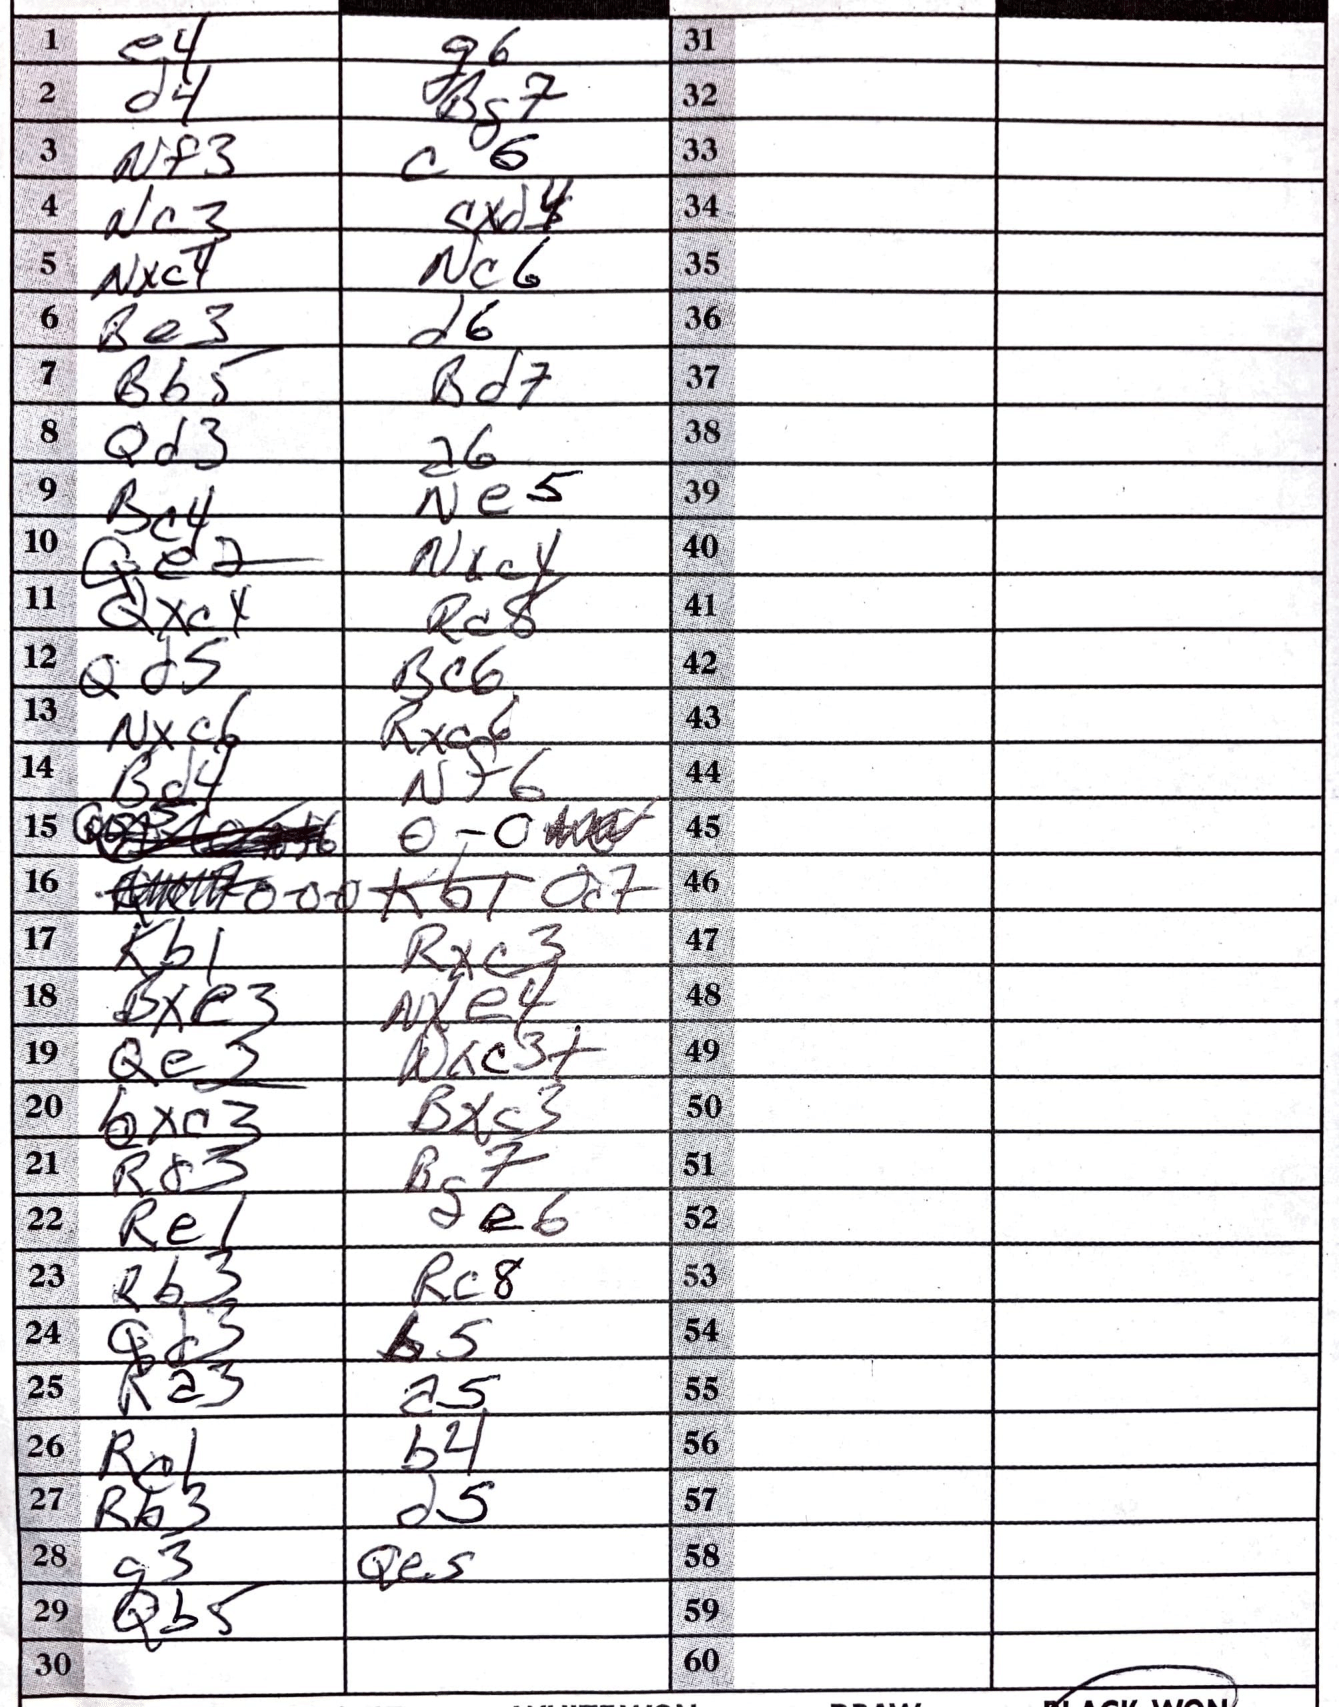
Moves: e4 g6 d4 Bg7 Nf3 c6 Nc3 cxd4 Nxc4 Nc6 Be3 d6 Bb5 Bd7 Qd3 a6 Bc4 Ne5 Qe2 Nxc4 Qxc4 Rc8 Qd5 Bc6 Nxc6 Rxc6 Bd4 Nf6 Qa5 O-O O-O-O Qc7 Kb1 Rxc3 Bxe3 Nxe4 Qe3 Nxc3+ bxc3 Bxc3 Rd3 Bg7 Re1 e6 Rb3 Rc8 Qd3 b5 Ra3 a5 Rc1 b4 Rb3 d5 g3 Qe5 Qb5